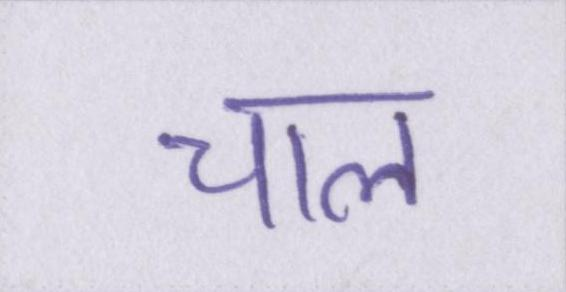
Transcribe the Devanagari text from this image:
चाल